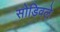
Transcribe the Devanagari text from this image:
सोडिवले